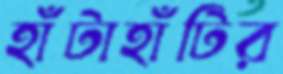
হাঁটাহাঁটির